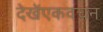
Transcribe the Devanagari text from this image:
देखेंएकवचन